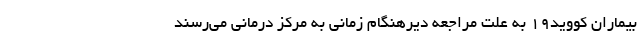
بیماران کووید۱۹ به علت مراجعه دیرهنگام زمانی به مرکز درمانی می‌رسند